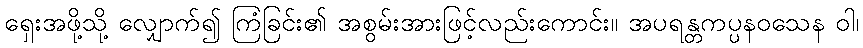
ရှေးအဖို့သို့ လျှောက်၍ ကြံခြင်း၏ အစွမ်းအားဖြင့်လည်းကောင်း။ အပရန္တကပ္ပနဝသေန ဝါ၊